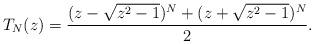
LaTeX: \begin{align*}T_{N}(z) = \frac{ ( z - \sqrt{z^{2}-1} )^{N} + ( z + \sqrt{z^{2}-1} )^{N}}{2}.\end{align*}